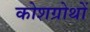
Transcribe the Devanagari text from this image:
कोशग्रोथों